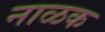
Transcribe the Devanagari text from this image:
नाळक